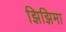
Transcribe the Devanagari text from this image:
झिझिमा